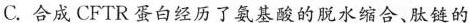
C.合成CFTR蛋白经历了氨基酸的脱水缩合、肽链的